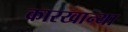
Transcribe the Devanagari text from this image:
कारखान्या